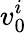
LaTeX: v_{0}^{i}